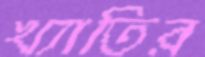
খ্যাতির